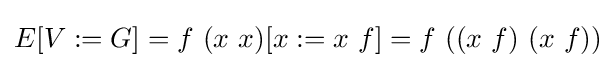
E[V:=G]=f\ (x\ x)[x:=x\ f]=f\ ((x\ f)\ (x\ f))